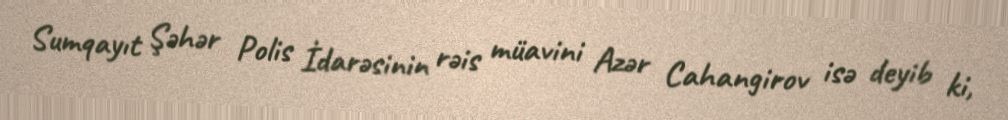
Sumqayıt Şəhər Polis İdarəsinin rəis müavini Azər Cahangirov isə deyib ki,